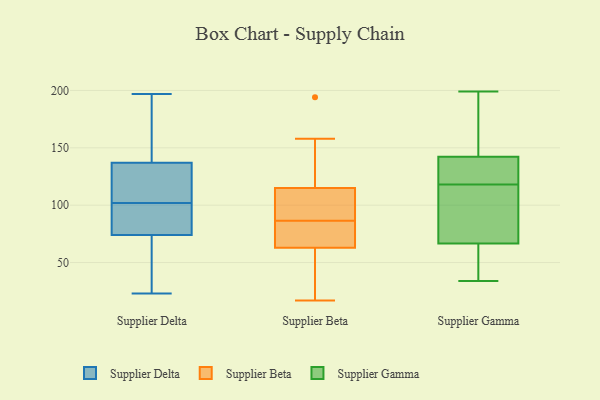
{"axis": {"x": "LTV (USD)", "y": "Value"}, "legend": ["Supplier Beta", "Supplier Delta", "Supplier Gamma"], "data": [{"x": "", "y": 130, "type": "Supplier Delta"}, {"x": "", "y": 95, "type": "Supplier Delta"}, {"x": "", "y": 23, "type": "Supplier Delta"}, {"x": "", "y": 139, "type": "Supplier Delta"}, {"x": "", "y": 190, "type": "Supplier Delta"}, {"x": "", "y": 118, "type": "Supplier Delta"}, {"x": "", "y": 131, "type": "Supplier Delta"}, {"x": "", "y": 146, "type": "Supplier Delta"}, {"x": "", "y": 102, "type": "Supplier Delta"}, {"x": "", "y": 32, "type": "Supplier Delta"}, {"x": "", "y": 147, "type": "Supplier Delta"}, {"x": "", "y": 98, "type": "Supplier Delta"}, {"x": "", "y": 48, "type": "Supplier Delta"}, {"x": "", "y": 92, "type": "Supplier Delta"}, {"x": "", "y": 62, "type": "Supplier Delta"}, {"x": "", "y": 100, "type": "Supplier Delta"}, {"x": "", "y": 127, "type": "Supplier Delta"}, {"x": "", "y": 68, "type": "Supplier Delta"}, {"x": "", "y": 197, "type": "Supplier Delta"}, {"x": "", "y": 115, "type": "Supplier Beta"}, {"x": "", "y": 83, "type": "Supplier Beta"}, {"x": "", "y": 63, "type": "Supplier Beta"}, {"x": "", "y": 113, "type": "Supplier Beta"}, {"x": "", "y": 194, "type": "Supplier Beta"}, {"x": "", "y": 90, "type": "Supplier Beta"}, {"x": "", "y": 158, "type": "Supplier Beta"}, {"x": "", "y": 18, "type": "Supplier Beta"}, {"x": "", "y": 73, "type": "Supplier Beta"}, {"x": "", "y": 17, "type": "Supplier Beta"}, {"x": "", "y": 85, "type": "Supplier Gamma"}, {"x": "", "y": 79, "type": "Supplier Gamma"}, {"x": "", "y": 181, "type": "Supplier Gamma"}, {"x": "", "y": 44, "type": "Supplier Gamma"}, {"x": "", "y": 137, "type": "Supplier Gamma"}, {"x": "", "y": 141, "type": "Supplier Gamma"}, {"x": "", "y": 143, "type": "Supplier Gamma"}, {"x": "", "y": 68, "type": "Supplier Gamma"}, {"x": "", "y": 62, "type": "Supplier Gamma"}, {"x": "", "y": 135, "type": "Supplier Gamma"}, {"x": "", "y": 100, "type": "Supplier Gamma"}, {"x": "", "y": 142, "type": "Supplier Gamma"}, {"x": "", "y": 34, "type": "Supplier Gamma"}, {"x": "", "y": 171, "type": "Supplier Gamma"}, {"x": "", "y": 199, "type": "Supplier Gamma"}, {"x": "", "y": 61, "type": "Supplier Gamma"}, {"x": "", "y": 118, "type": "Supplier Gamma"}]}